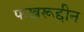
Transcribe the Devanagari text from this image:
फखरूद्दीन